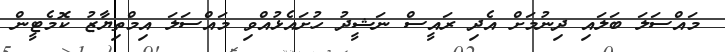
މައްސަލަ ބަލައި ދިނުމަށް އެދި ރައީސް ނަޝީދު ހުށައެޅުއްވި މައްސަލަ އިމްތިޔާޒު ކޮމެޓީން